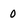
Character: 0